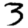
Digit: 3